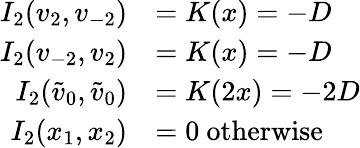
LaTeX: \begin{array}{rl}{I_{2}(v_{2},v_{-2})}&{=K(x)=-D}\\ {I_{2}(v_{-2},v_{2})}&{=K(x)=-D}\\ {I_{2}(\tilde{v}_{0},\tilde{v}_{0})}&{=K(2x)=-2D}\\ {I_{2}(x_{1},x_{2})}&{=0\mathrm{~otherwise~}}\end{array}